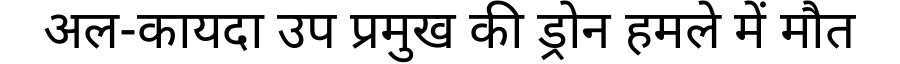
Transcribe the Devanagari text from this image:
अल-कायदा उप प्रमुख की ड्रोन हमले में मौत